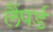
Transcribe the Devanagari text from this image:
लैंपर्ड